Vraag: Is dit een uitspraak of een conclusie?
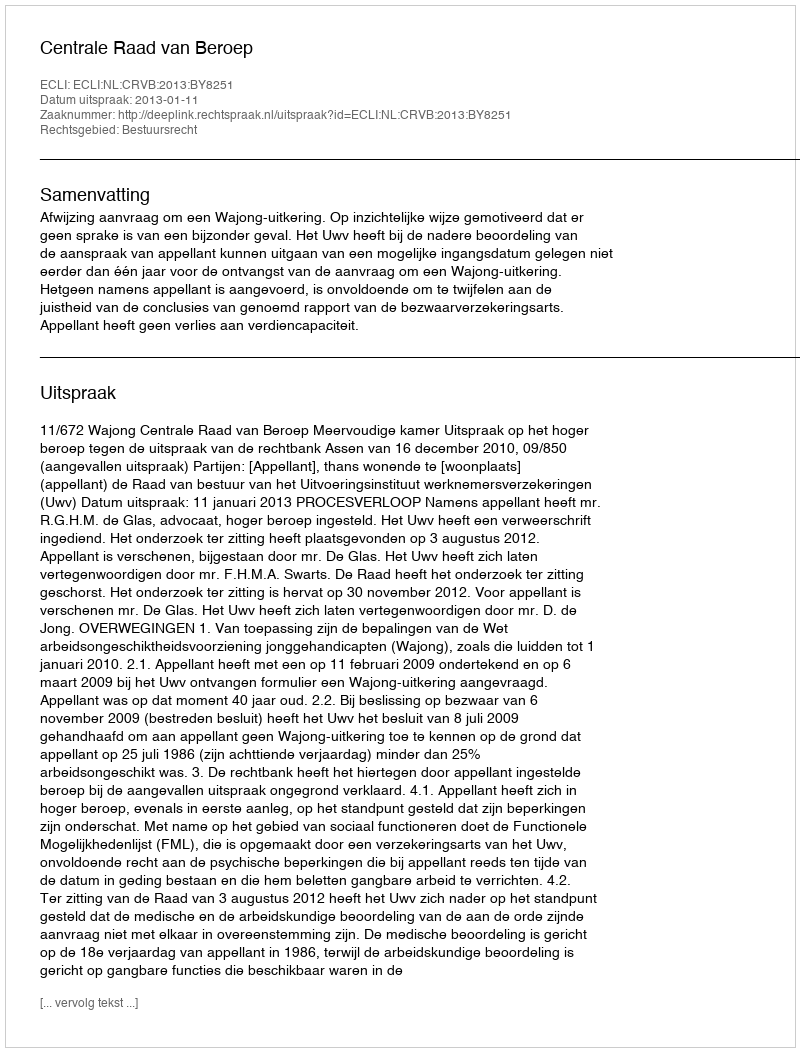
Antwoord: Uitspraak